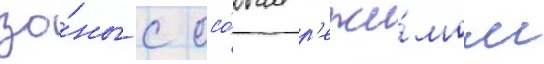
зо́ны с осо́бым р'ежи́мом